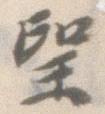
望